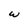
Character: w